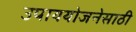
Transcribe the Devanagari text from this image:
उपाययोजनेसाठी